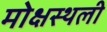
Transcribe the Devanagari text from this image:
मोक्षस्थली